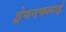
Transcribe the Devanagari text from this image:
ड्रेगनफलाई